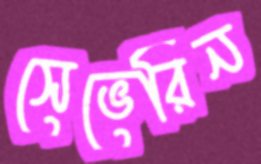
সেভেরিন